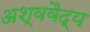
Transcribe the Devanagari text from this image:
अश्ववैद्य